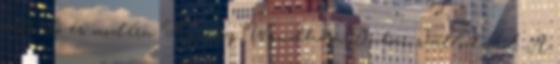
előkelő és modern Tryp by Wyndham Dubai szállodából. A